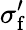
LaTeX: \sigma_{\mathrm{f}}^{\prime}